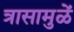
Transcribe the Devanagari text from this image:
त्रासामुळें